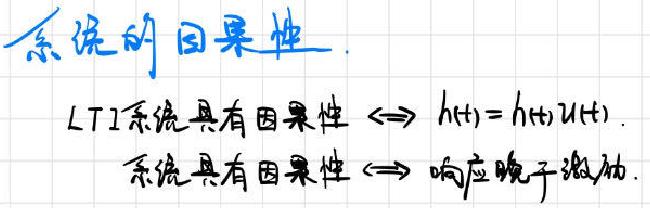
系统的因果性.
LTI系统具有因果性 $\Leftrightarrow h(t)=h(t)u(t)$.
系统具有因果性 $\Leftrightarrow$ 响应晚于激励.